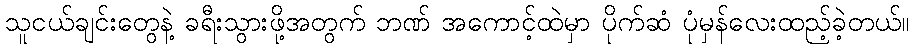
သူငယ်ချင်းတွေနဲ့ ခရီးသွားဖို့အတွက် ဘဏ် အကောင့်ထဲမှာ ပိုက်ဆံ ပုံမှန်လေးထည့်ခဲ့တယ်။